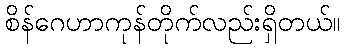
စိန်ဂေဟာကုန်တိုက်လည်းရှိတယ်။